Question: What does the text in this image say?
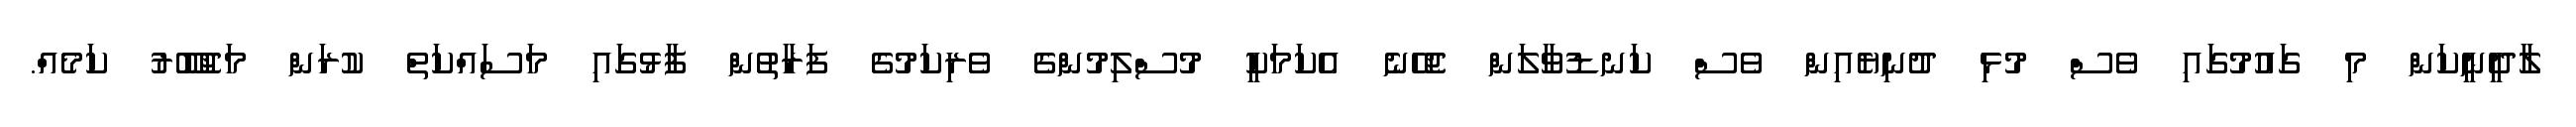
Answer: ލާދީނީކަން މި ގައުމުގައި ވެސް މުޅި ދުނިޔެއިން ވެސް ކަނޑުވާލަން ޖެހޭނެ އެކަމަކީ މުސްލިމުންގެ ވެރިކަމުގެ ފަރާތުން ފާޅުގައި މަސައްކަތް ކުރަން މަޖުބޫރު ކަމެއް.